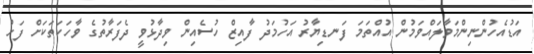
އަޑުއެހުންނިންމަވާލައްވަމުން އުއްތަމަ ފަނޑިޔާރު އަހުމަދު ފާއިޒް ހުސެއިން ވިދާޅުވީ ދެފަރާތުގެ ވާހަކަތަކަށް ފަހު